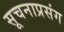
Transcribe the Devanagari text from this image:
सूचनाप्रसंग